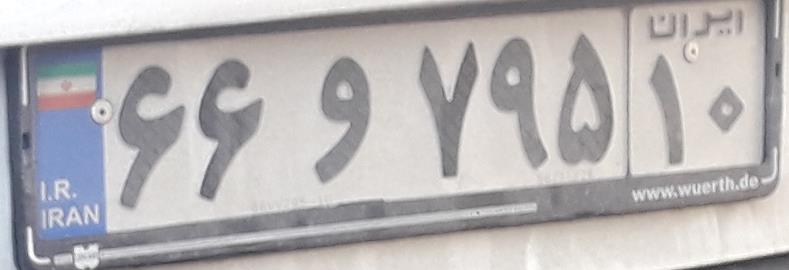
۶۶و۷۹۵۱۰